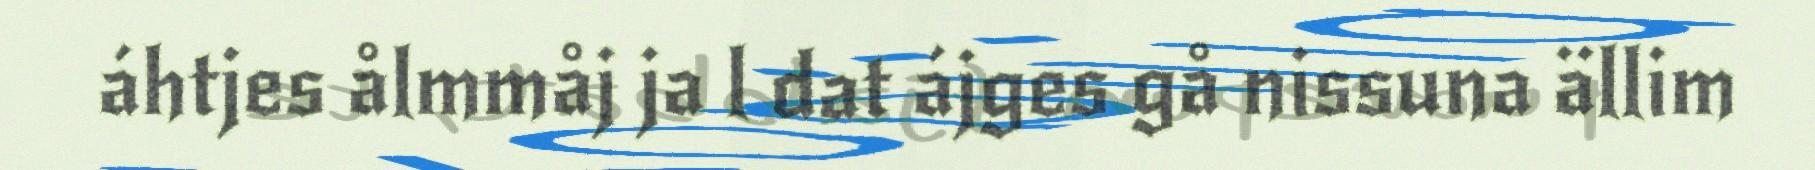
áhtjes ålmmåj ja l dat ájges gå nissuna ällim